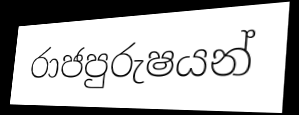
රාජපුරුෂයන්